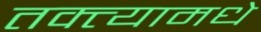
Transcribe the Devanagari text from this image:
तक्त्यामधे